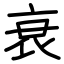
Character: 衰